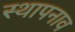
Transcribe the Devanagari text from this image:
स्थापनाव